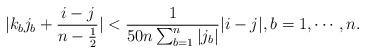
LaTeX: \begin{align*}|k_bj_b+\frac{i-j}{n-\frac12}|<\frac{1}{50n\sum_{b=1}^n|j_b|}|i-j|,b=1,\cdots,n.\end{align*}